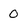
Character: 0